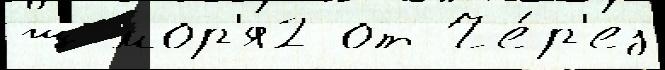
ш мор'я2 от Че́р'ез